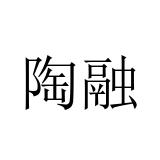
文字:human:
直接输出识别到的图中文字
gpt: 陶融